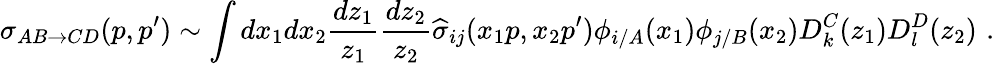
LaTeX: \sigma_{AB\rightarrow CD}(p,p^{\prime})\sim\int dx_{1}dx_{2}\frac{dz_{1}}{z_{1}}\frac{dz_{2}}{z_{2}}\widehat{\sigma}_{ij}(x_{1}p,x_{2}p^{\prime})\phi_{i/A}(x_{1})\phi_{j/B}(x_{2})D_{k}^{C}(z_{1})D_{l}^{D}(z_{2})\, \, .